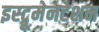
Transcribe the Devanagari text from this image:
इस्ट्रूमेनटेशन